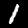
Label: 1